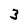
Character: 3